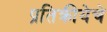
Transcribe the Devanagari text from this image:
प्रतिक्रीयेचे